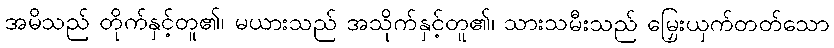
အမိသည် တိုက်နှင့်တူ၏၊ မယားသည် အသိုက်နှင့်တူ၏၊ သားသမီးသည် မြှေးယှက်တတ်သော